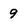
Character: 9